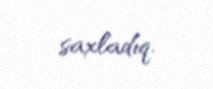
saxladıq.